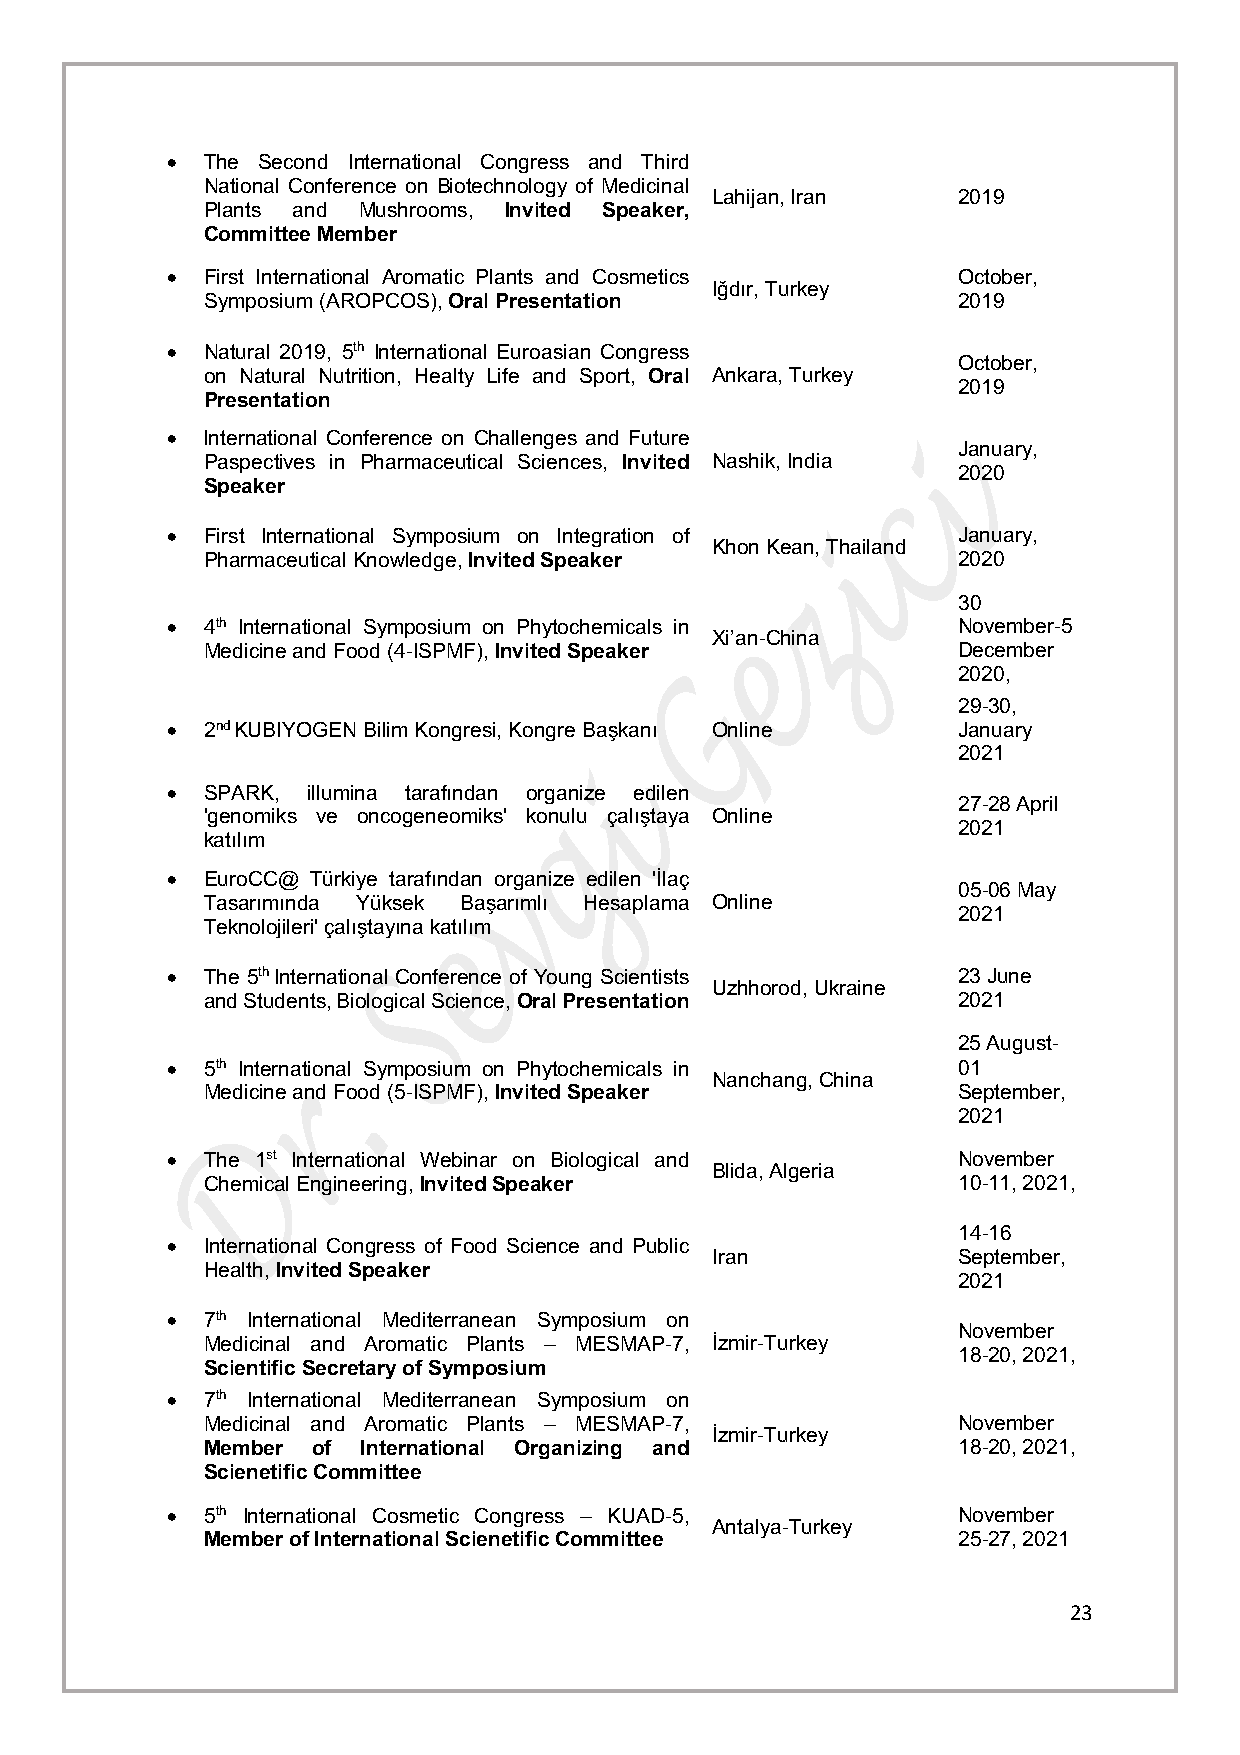
•  The Second International Congress and Third
 National Conference on Biotechnology of Medicinal
 Lahijan, Iran   2019
 Plants and Mushrooms, Invited Speaker,
 Committee Member
 •  First International Aromatic Plants and Cosmetics October,
 Iğdır, Turkey
 Symposium (AROPCOS), Oral Presentation           2019
 •  Natural 2019, 5th International Euroasian Congress
 October,
 on Natural Nutrition, Healty Life and Sport, Oral Ankara, Turkey
 2019
 Presentation
 •  lnternational Conference on Challenges and Future
 January,
 Paspectives in Pharmaceutical Sciences, Invited Nashik, India
 2020
 Speaker
 •  First International Symposium on Integration of  January,
 Khon Kean, Thailand
 Pharmaceutical Knowledge, Invited Speaker        2020
 30
 •  4th International Symposium on Phytochemicals in November-5
 Xi’an-China
 Medicine and Food (4-ISPMF), Invited Speaker     December
 2020,
 29-30,
 •  2nd KUBIYOGEN Bilim Kongresi, Kongre Başkanı Online January
 2021
 •  SPARK, illumina tarafından organize edilen
 27-28 April
 'genomiks ve oncogeneomiks' konulu çalıştaya Online
 2021
 katılım
 •  EuroCC@ Türkiye tarafından organize edilen 'İlaç
 05-06 May
 Tasarımında Yüksek Başarımlı Hesaplama Online
 2021
 Teknolojileri' çalıştayına katılım
 •  The 5th International Conference of Young Scientists 23 June
 Uzhhorod, Ukraine
 and Students, Biological Science, Oral Presentation 2021
 25 August-
 •  5th International Symposium on Phytochemicals in 01
 Nanchang, China
 Medicine and Food (5-ISPMF), Invited Speaker     September,
 2021
 •  The 1st International Webinar on Biological and  November
 Blida, Algeria
 Chemical Engineering, Invited Speaker            10-11, 2021,
 14-16
 •  International Congress of Food Science and Public
 Iran            September,
 Health, Invited Speaker
 2021
 •  7th International Mediterranean Symposium on
 November
 Medicinal and Aromatic Plants – MESMAP-7, İzmir-Turkey
 18-20, 2021,
 Scientific Secretary of Symposium
 •  7th International Mediterranean Symposium on
 Medicinal and Aromatic Plants – MESMAP-7,        November
 İzmir-Turkey
 Member of International Organizing and           18-20, 2021,
 Scienetific Committee
 •  5th International Cosmetic Congress – KUAD-5,    November
 Antalya-Turkey
 Member of International Scienetific Committee    25-27, 2021
 23